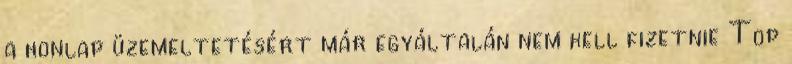
a honlap üzemeltetésért már egyáltalán nem kell fizetnie Top